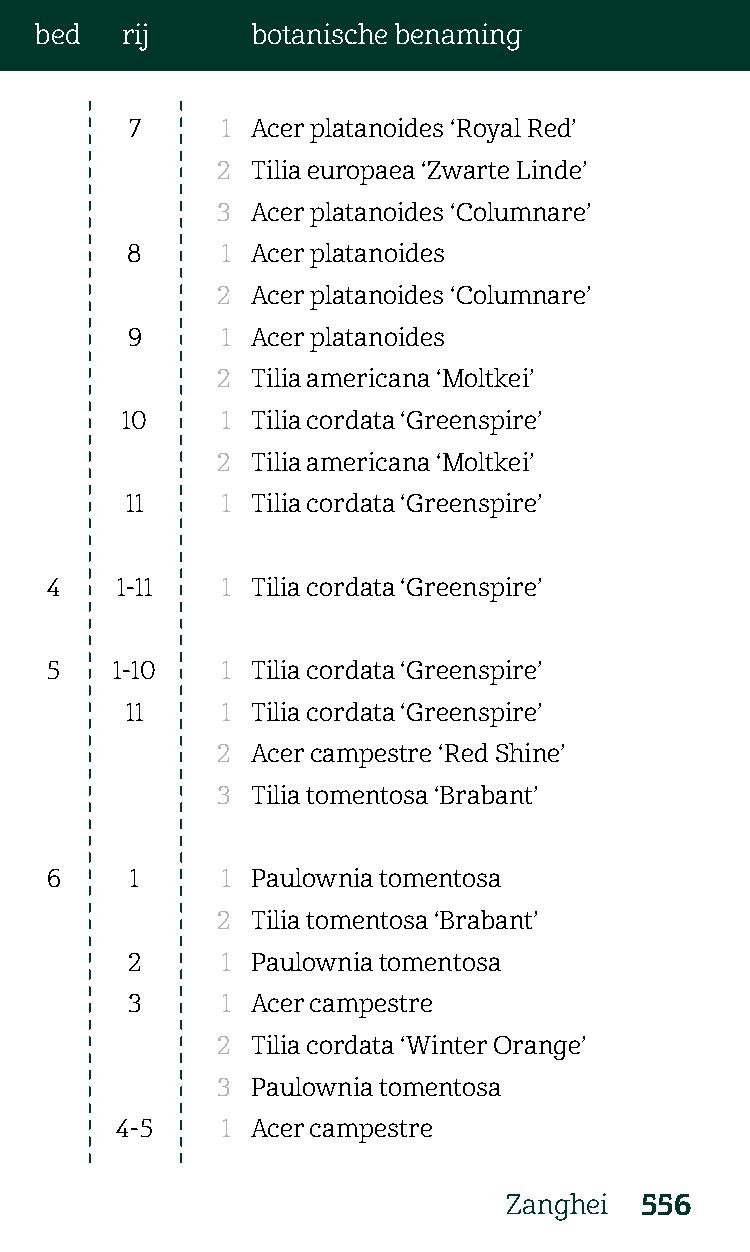
bed   rij      botanische benaming
 7     1 Acer platanoides ‘Royal Red’
 2  Tilia europaea ‘Zwarte Linde’
 3  Acer platanoides ‘Columnare’
 8      1 Acer platanoides
 2  Acer platanoides ‘Columnare’
 9      1 Acer platanoides
 2  Tilia americana ‘Moltkei’
 10     1 Tilia cordata ‘Greenspire’
 2  Tilia americana ‘Moltkei’
 11     1 Tilia cordata ‘Greenspire’
 4    1-11   1 Tilia cordata ‘Greenspire’
 5   1-10    1 Tilia cordata ‘Greenspire’
 11     1 Tilia cordata ‘Greenspire’
 2  Acer campestre ‘Red Shine’
 3  Tilia tomentosa ‘Brabant’
 6     1     1 Paulownia tomentosa
 2  Tilia tomentosa ‘Brabant’
 2      1 Paulownia tomentosa
 3      1 Acer campestre
 2  Tilia cordata ‘Winter Orange’
 3  Paulownia tomentosa
 4-5    1 Acer campestre
 Zanghei 556